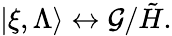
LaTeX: |\xi,\Lambda\rangle\leftrightarrow\mathcal{G}/\tilde{{H}}.